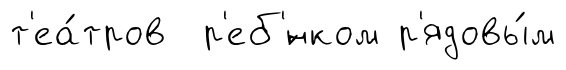
т'еа́тров р'еб'́нком р'ядовы́м